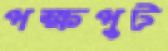
পক্ষপুট